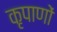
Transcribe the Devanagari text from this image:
कृपाणों